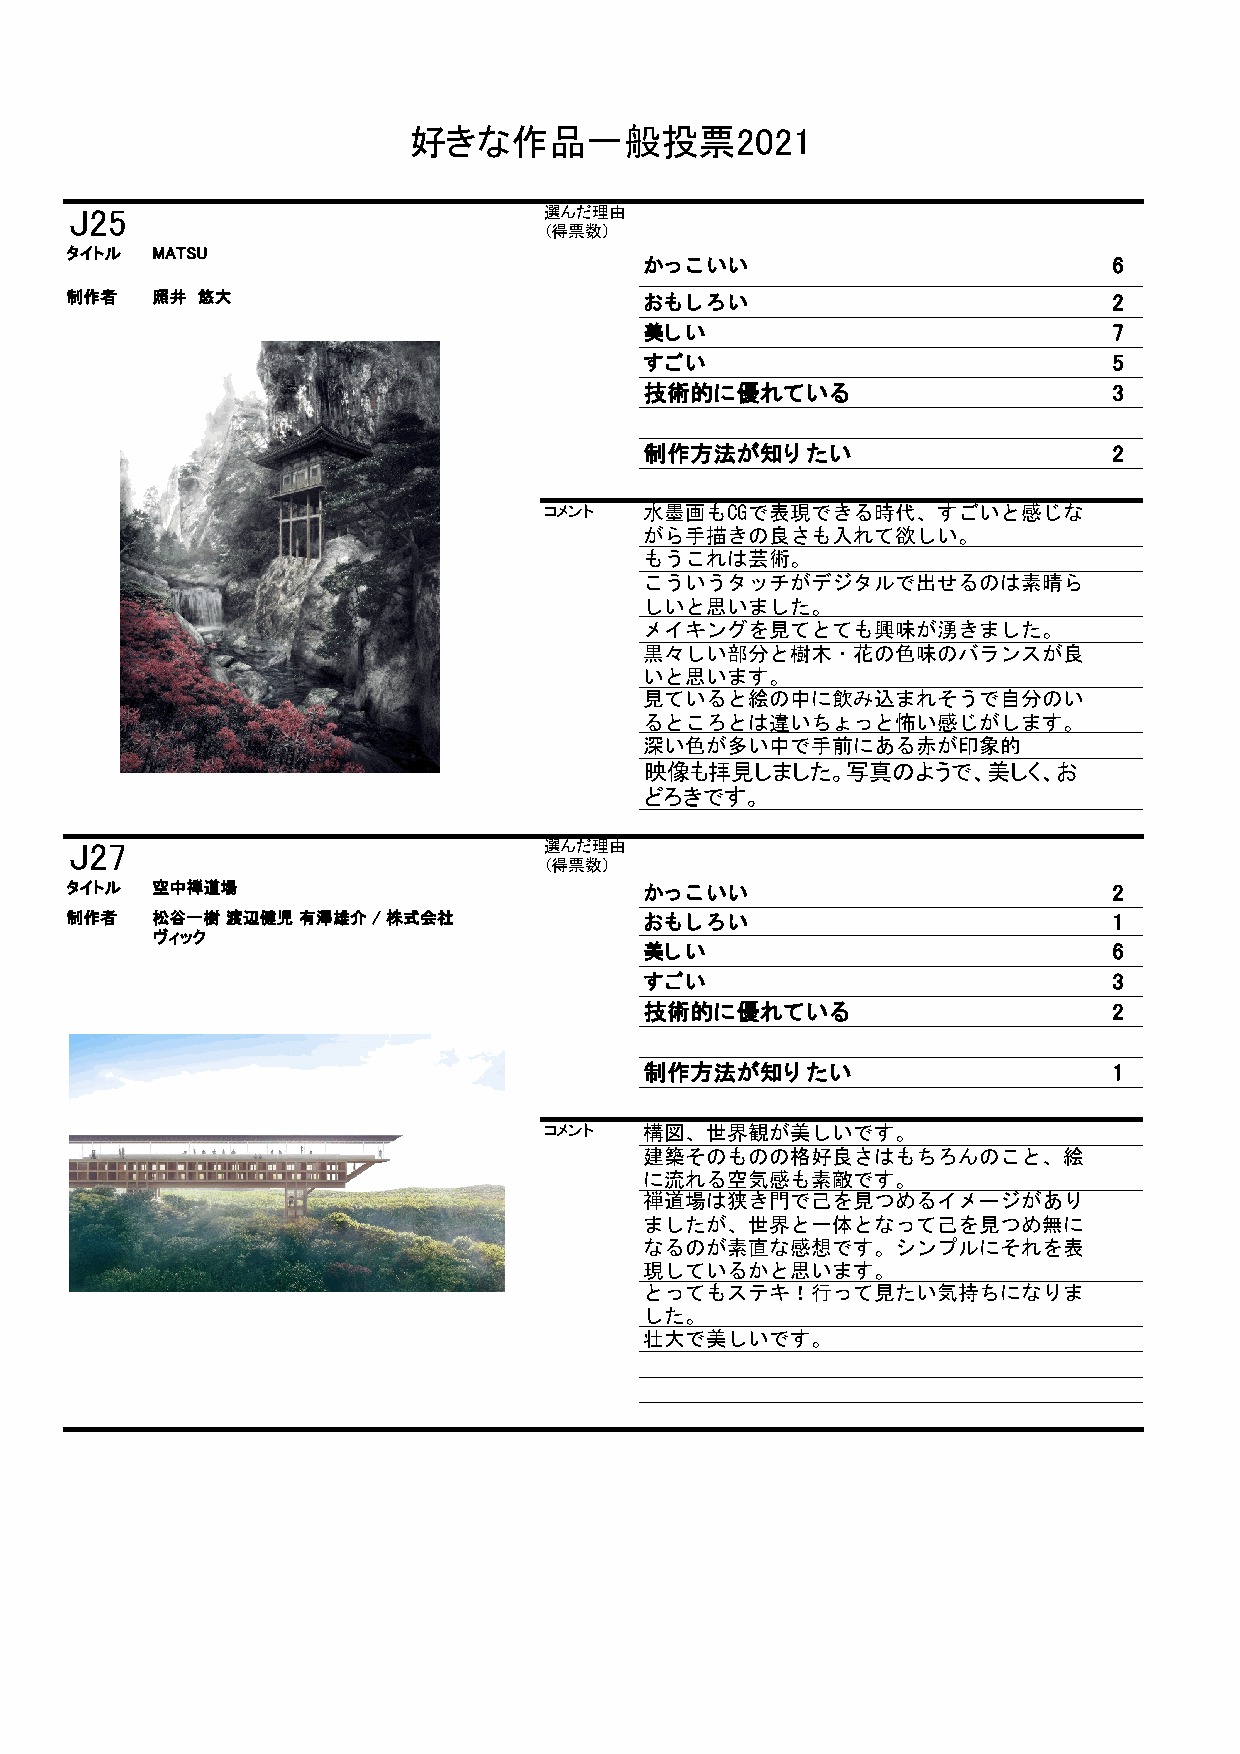
好きな作品一般投票2021
 J25                            選んだ理由
 （得票数）
 タイトル MATSU
 かっこいい                          6
 制作者  照井 悠大                            おもしろい                          2
 美しい                            7
 すごい                            5
 技術的に優れている                      3
 制作方法が知りたい                      2
 コメント   水墨画もCGで表現できる時代、すごいと感じな
 がら手描きの良さも入れて欲しい。
 もうこれは芸術。
 こういうタッチがデジタルで出せるのは素晴ら
 しいと思いました。
 メイキングを見てとても興味が湧きました。
 黒々しい部分と樹木・花の色味のバランスが良
 いと思います。
 見ていると絵の中に飲み込まれそうで自分のい
 るところとは違いちょっと怖い感じがします。
 深い色が多い中で手前にある赤が印象的
 映像も拝見しました。写真のようで、美しく、お
 どろきです。
 J27                            選んだ理由
 （得票数）
 タイトル 空中禅道場                            かっこいい                          2
 制作者  松谷一樹 渡辺健児 有澤雄介 / 株式会社            おもしろい                          1
 ヴィック
 美しい                            6
 すごい                            3
 技術的に優れている                      2
 制作方法が知りたい                      1
 コメント   構図、世界観が美しいです。
 建築そのものの格好良さはもちろんのこと、絵
 に流れる空気感も素敵です。
 禅道場は狭き門で己を見つめるイメージがあり
 ましたが、世界と一体となって己を見つめ無に
 なるのが素直な感想です。シンプルにそれを表
 現しているかと思います。
 とってもステキ！行って見たい気持ちになりま
 した。
 壮大で美しいです。